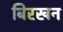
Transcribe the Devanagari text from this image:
बिरखन